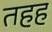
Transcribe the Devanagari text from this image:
तहह